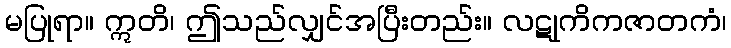
မပြုရာ။ ဣတိ၊ ဤသည်လျှင်အပြီးတည်း။ လဋုကိကဇာတကံ၊